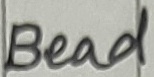
Text: Bead